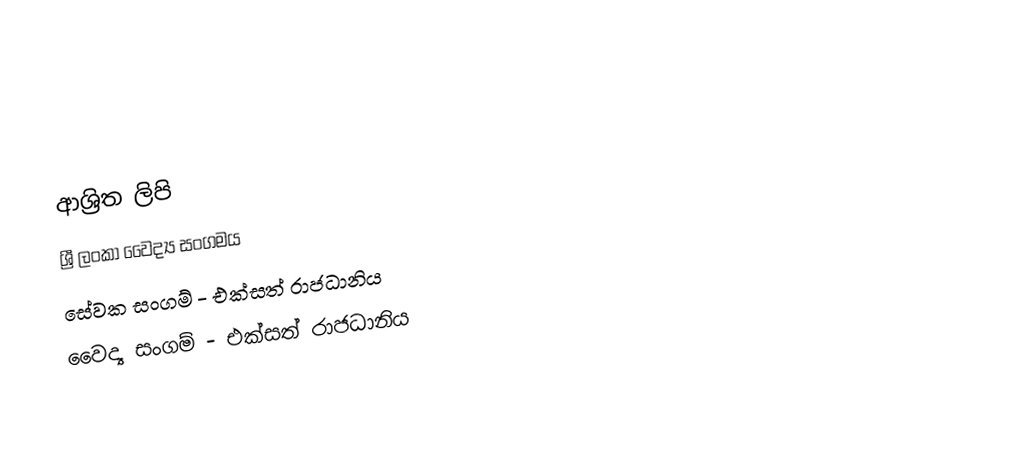

ආශ්‍රිත ලිපි
 ශ්‍රී ලංකා වෛද්‍ය සංගමය
සේවක සංගම් - එක්සත් රාජධානිය
වෛද්‍ය සංගම් - එක්සත් රාජධානිය